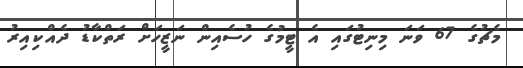
މެޗުގެ 67 ވަނަ މިނިޓުގައި އެ ޓީމުގެ ހުސެއިން ނަޒީހަށް ރަތްކާޑު ދެއްކިއިރު